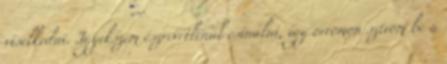
viselkedni. Igyekszem észrevétlenül csinálni, így orromon szívom be a